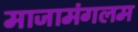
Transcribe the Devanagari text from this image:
माजामंगलम